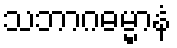
သဘာဂဓမ္မာနံ